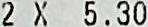
2 X 5.30